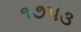
૧૭૫૩